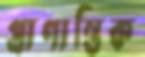
প্রাণান্তিক